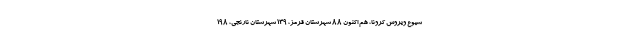
شیوع ویروس کرونا، هم اکنون ۸۸ شهرستان قرمز، ۱۳۹ شهرستان نارنجی، ۱۹۸